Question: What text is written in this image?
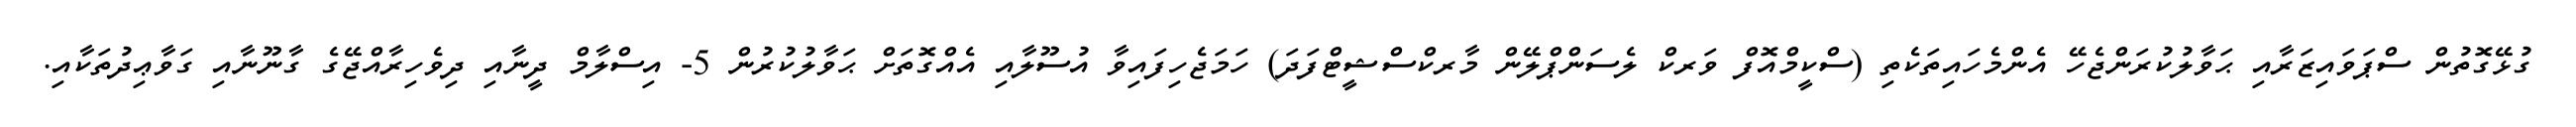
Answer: ގުޅޭގޮތުން ސްޕަވައިޒަރާއި ޙަވާލުކުރަންޖެހޭ އެންމެހައިތަކެތި (ސްކީމްއޮފް ވަރކް ލެސަންޕްލޭން މާރކްސްޝީޓްފަދަ) ހަމަޖެހިފައިވާ އުސޫލާއި އެއްގޮތަށް ޙަވާލުކުރުން 5- އިސްލާމް ދީނާއި ދިވެހިރާއްޖޭގެ ގާނޫނާއި ގަވާޢިދުތަކާއި.